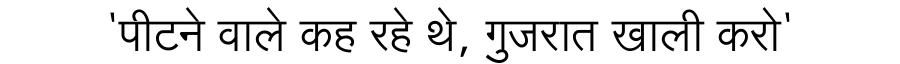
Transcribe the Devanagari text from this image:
'पीटने वाले कह रहे थे, गुजरात खाली करो'